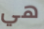
هي